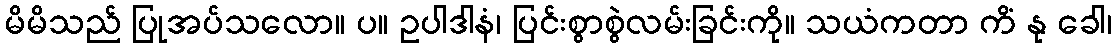
မိမိသည် ပြုအပ်သလော။ ပ။ ဥပါဒါနံ၊ ပြင်းစွာစွဲလမ်းခြင်းကို။ သယံကတာ ကိံ နု ခေါ၊